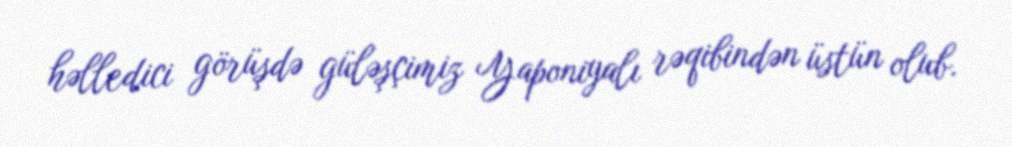
həlledici görüşdə güləşçimiz Yaponiyalı rəqibindən üstün olub.